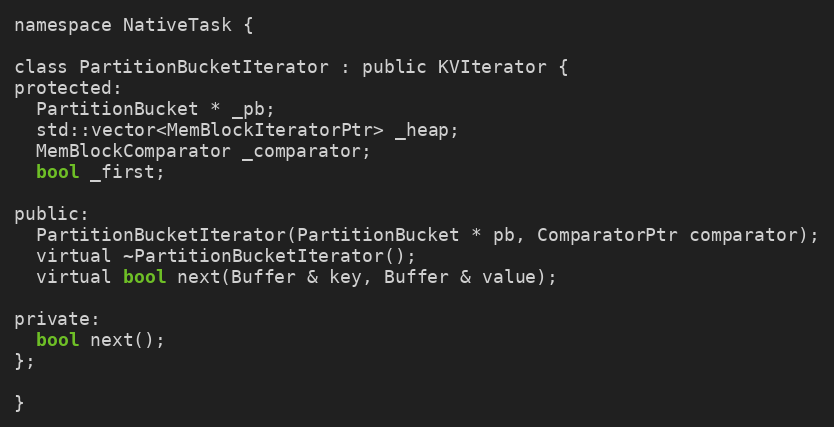
Language: C
namespace NativeTask {

class PartitionBucketIterator : public KVIterator {
protected:
  PartitionBucket * _pb;
  std::vector<MemBlockIteratorPtr> _heap;
  MemBlockComparator _comparator;
  bool _first;

public:
  PartitionBucketIterator(PartitionBucket * pb, ComparatorPtr comparator);
  virtual ~PartitionBucketIterator();
  virtual bool next(Buffer & key, Buffer & value);

private:
  bool next();
};

}